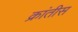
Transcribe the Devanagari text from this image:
क्रांतीस